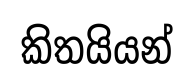
කිතයියන්